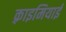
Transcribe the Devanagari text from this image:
क़्राइमियाई